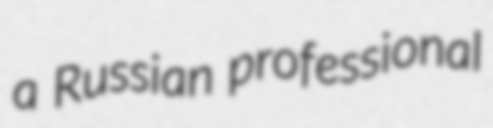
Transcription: a Russian professional